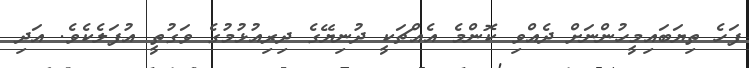
ފަހެ ތިޔަބައިމީހުންނަށް ދެއްވި ކޮންމެ އެއްޗަކީ ދުނިޔޭގެ ދިރިއުޅުމުގެ ވަގުތީ އުފަލެކެވެ. އަދި